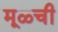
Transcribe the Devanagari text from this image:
मूळ्ची